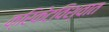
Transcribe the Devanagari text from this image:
क्रिकेटविश्वात